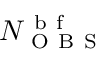
N _ { \mathrm { ~ O ~ B ~ S ~ } } ^ { \mathrm { ~ b ~ f ~ } }